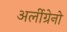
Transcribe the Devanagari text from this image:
अर्लीग्रेनो